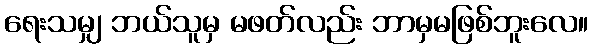
ရေးသမျှ ဘယ်သူမှ မဖတ်လည်း ဘာမှမဖြစ်ဘူးလေ။